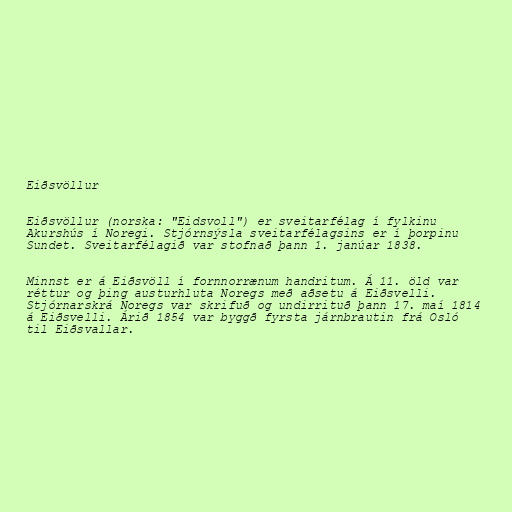
Eiðsvöllur

Eiðsvöllur (norska: "Eidsvoll") er sveitarfélag í fylkinu
Akurshús í Noregi. Stjórnsýsla sveitarfélagsins er í þorpinu
Sundet. Sveitarfélagið var stofnað þann 1. janúar 1838.

Minnst er á Eiðsvöll í fornnorrænum handritum. Á 11. öld var
réttur og þing austurhluta Noregs með aðsetu á Eiðsvelli.
Stjórnarskrá Noregs var skrifuð og undirrituð þann 17. maí 1814
á Eiðsvelli. Árið 1854 var byggð fyrsta járnbrautin frá Osló
til Eiðsvallar.